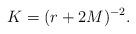
LaTeX: \begin{align*} K=(r+2M)^{-2}.\end{align*}